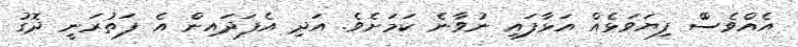
އެއްވެސްް ފިޔަވަޅެއް އަޅާފައި ނުވާނެ ކަމަށެވެ. އަދި އެފަދައިން އެ ފަތުރަނީ ދޮގު